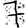
Digit: 7